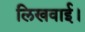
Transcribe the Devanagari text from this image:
लिखवाई।